Lunatic asylums Bombay report 1878-1890 - 1878-1890
Year: 1878
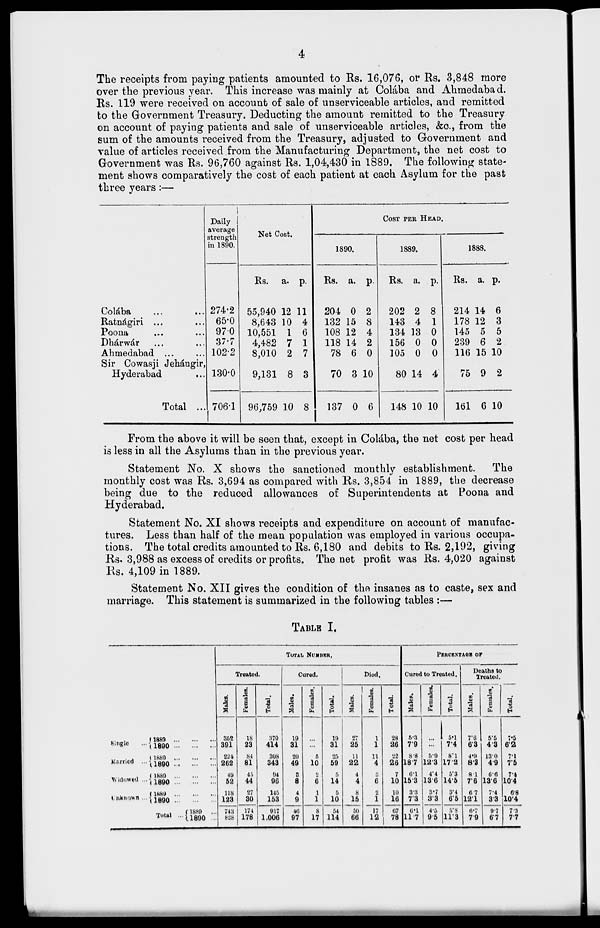
4
The receipts from paying patients amounted to Rs. 16,076, or Rs. 3,848 more
over the previous year. This increase was mainly at Colába and Ahmedabad.
Rs. 119 were received on account of sale of unserviceable articles, and remitted
to the Government Treasury. Deducting the amount remitted to the Treasury
on account of paying patients and sale of unserviceable articles, &c., from the
sum of the amounts received from the Treasury, adjusted to Government and
value of articles received from the Manufacturing Department, the net cost to
Government was Rs. 96,760 against Rs. 1,04,430 in 1889. The following state-
ment shows comparatively the cost of each patient at each Asylum for the past
three years:—
Colába ... ...
Ratnágiri ... ...
Poona ... ...
Dhárwár ... ...
Ahmedabad ... ...
Sir Cowasji Jehángir,
Hyderabad ...
Total ...
Daily
average
strength
in 1890.
274.2
65.0
970
37.7
102.2
130.0
706.1
Net Cost.
Rs.
55,940
8,643
10,551
4,482
8,010
9,131
96,759
a.
12
10
1
7
2
8
10
p.
11
4
6
1
7
3
8
COST PER HEAD.
1890.
Rs.
204
132
108
118
78
70
137
a.
0
15
12
14
6
3
0
p.
2
8
4
2
0
10
6
1889.
Rs.
202
143
134
156
105
80
148
a.
2
4
13
0
0
14
10
p.
8
1
0
0
0
4
10
1888.
Rs.
214
178
145
239
116
75
161
a.
14
12
5
6
15
9
6
p.
6
3
5
2
10
2
10
From the above it will be seen that, except in Colába, the net cost per head
is less in all the Asylums than in the previous year.
Statement No. X shows the sanctioned monthly establishment. The
monthly cost was Rs. 3,694 as compared with Rs. 3,854 in 1889, the decrease
being due to the reduced allowances of Superintendents at Poona and
Hyderabad.
Statement No. XI shows receipts and expenditure on account of manufac-
tures. Less than half of the mean population was employed in various occupa-
tions. The total credits amounted to Rs. 6,180 and debits to Rs. 2,192, giving
Rs. 3,988 as excess of credits or profits. The net profit was Rs. 4,020 against
Rs. 4,109 in 1889.
Statement No. XII gives the condition of the insanes as to caste, sex and
marriage. This statement is summarized in the following tables :—
TABLE I.
Single
...
Married ...
Widowed ...
Unknown ...
1889 ... ... ...
1890 ... ... ...
1889 ... ... ...
1890 ... ... ...
1889 ... ... ...
1890 ... ... ...
1889 ... ... ...
1890 ... ... ...
Total ...
1889 ... ... ...
1890 ... ... ...
TOTAL NUMBER.
Treated.
Males.
362
391
224
262
40
52
118
123
743
828
Females.
18
23
84
81
45
44
27
30
174
178
Total.
370
414
308
343
94
96
145
153
917
1,006
Cured.
Males.
19
31
20
49
3
8
4
9
46
97
Females.
...
...
5
10
2
6
1
1
8
17
Total.
19
31
25
59
5
14
5
10
54
114
Died.
Males.
27
25
11
22
4
4
8
15
50
66
Females.
1
1
11
4
3
6
2
1
17
12
Total.
28
26
22
26
7
10
10
16
67
78
PERCENTAGE OF
Cured to Treated.
Males.
5.3
7.9
8.8
18.7
6.1
15.3
3.3
7.3
6.1
11.7
Females.
...
...
5.9
12.3
4.4
13.6
3.7
3.3
4.5
9.5
Total.
5.1
7.4
8.1
17.2
5.3
14.5
3.4
6.5
5.8
11.3
Deaths to
Treated.
Males.
7.6
6.3
4.9
8.3
8.1
7.6
6.7
12.1
6.7
7.9
Females.
5.5
4.3
13.0
4.9
6.6
13.6
7.4
3.3
9.7
6.7
Total.
7.5
6.2
7.1
7.5
7.4
10.4
6.8
10.4
7.3
7.7